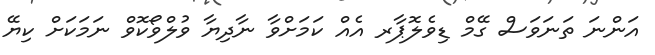
އަންނަ ތަނަވަސް ގޭމް ޑިވެލޮޕާރ އެއް ކަމަށްވާ ނާދިޔާ ވުލްވޯކޮވް ނަމަކަށް ކިޔޭ